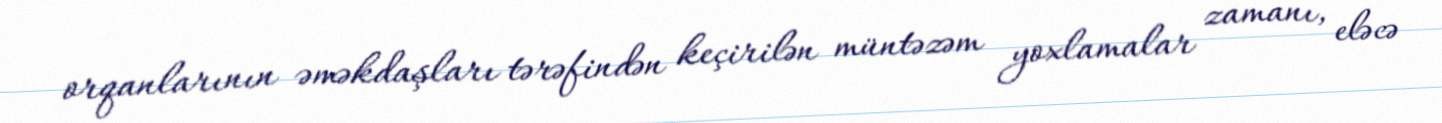
orqanlarının əməkdaşları tərəfindən keçirilən müntəzəm yoxlamalar zamanı, eləcə